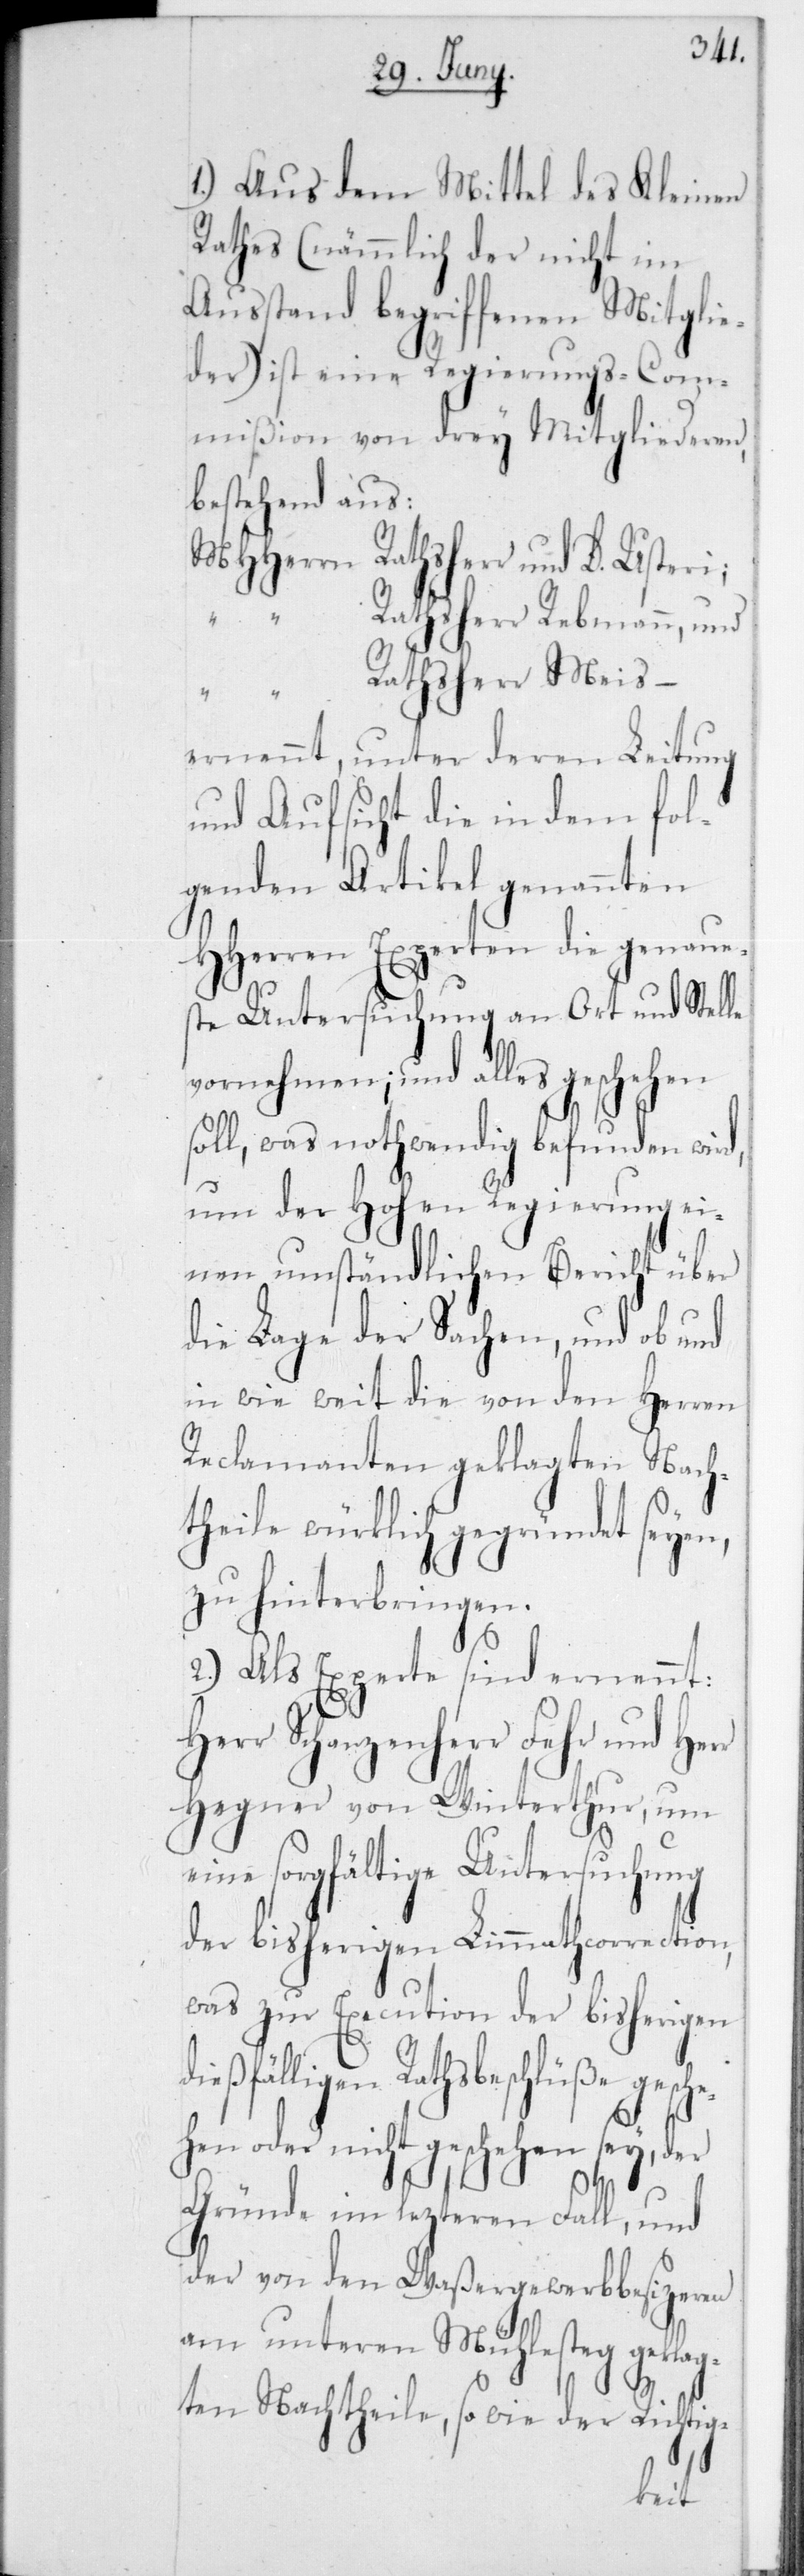
1.) Aus dem Mittel des Kleinen
Rathes (nämmlich der nicht im
Ausstand begriffenen Mitglie¬
der) ist eine Regierungs-Com¬
mißion von drey Mitgliederen,
bestehend aus:
D.
Rathsherr Rebmann; und
ernennt, unter deren Leitung
und Aufsicht die in dem fol¬
genden Artikel genannten
HHerren Experten die genaue¬
ste Untersuchung an Ort und Stelle
vornehmen; und alles geschehen
soll, was nothwendig befunden wird,
um der Hohen Regierung ei¬
nen umständlichen Bericht über
die Lage der Sachen, und ob und
in wie weit die von den Herren
Reclamanten geklagten Nach¬
theile würklich gegründet seien,
zu hinterbringen.
2.) Als Experte sind ernennt:
Herr Schanzenherr Fehr und Herr
Hegner von Winterthur, um
eine sorgfältige Untersuchung
der bisherigen Limmathcorrection,
was zur Execution der bisherigen
Rathsbeschlüße gesc¬
hen oder nicht geschehen sey, der
Gründe im lezteren Fall, und
der von den Waßergewerbbesizeren
am unteren Mühlesteg geklag¬
ten Nachtheile, sowie der Richtig-
he¬